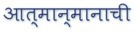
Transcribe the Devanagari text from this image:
आत्मान्मानाची